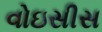
વોઇસીસ